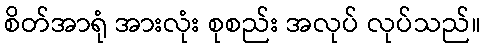
စိတ်အာရုံ အားလုံး စုစည်း အလုပ် လုပ်သည်။